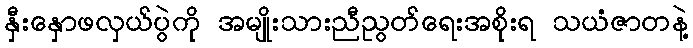
နှီးနှောဖလှယ်ပွဲကို အမျိုးသားညီညွတ်ရေးအစိုးရ သယံဇာတနဲ့